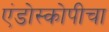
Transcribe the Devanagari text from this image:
एंडोस्कोपीचा